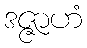
ဒဇ္ဇာဟံ